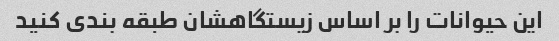
این حیوانات را بر اساس زیستگاهشان طبقه بندی کنید